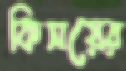
কিসয়ের